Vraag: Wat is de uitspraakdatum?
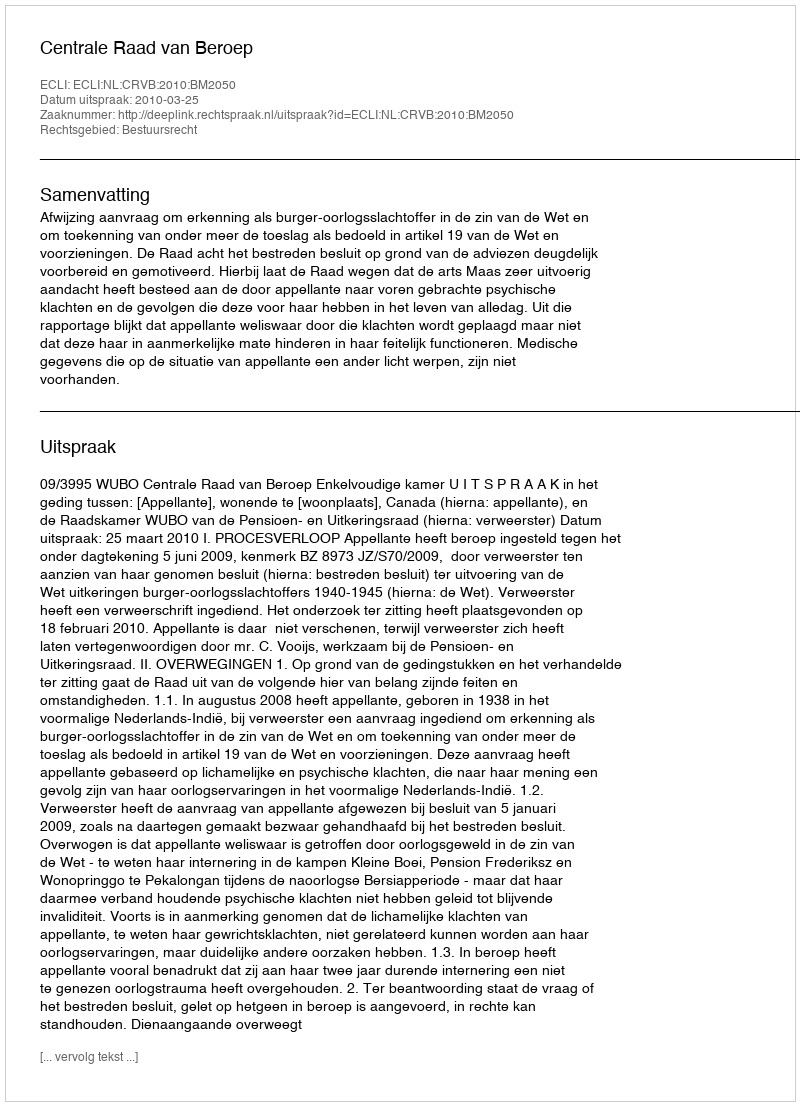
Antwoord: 2010-03-25